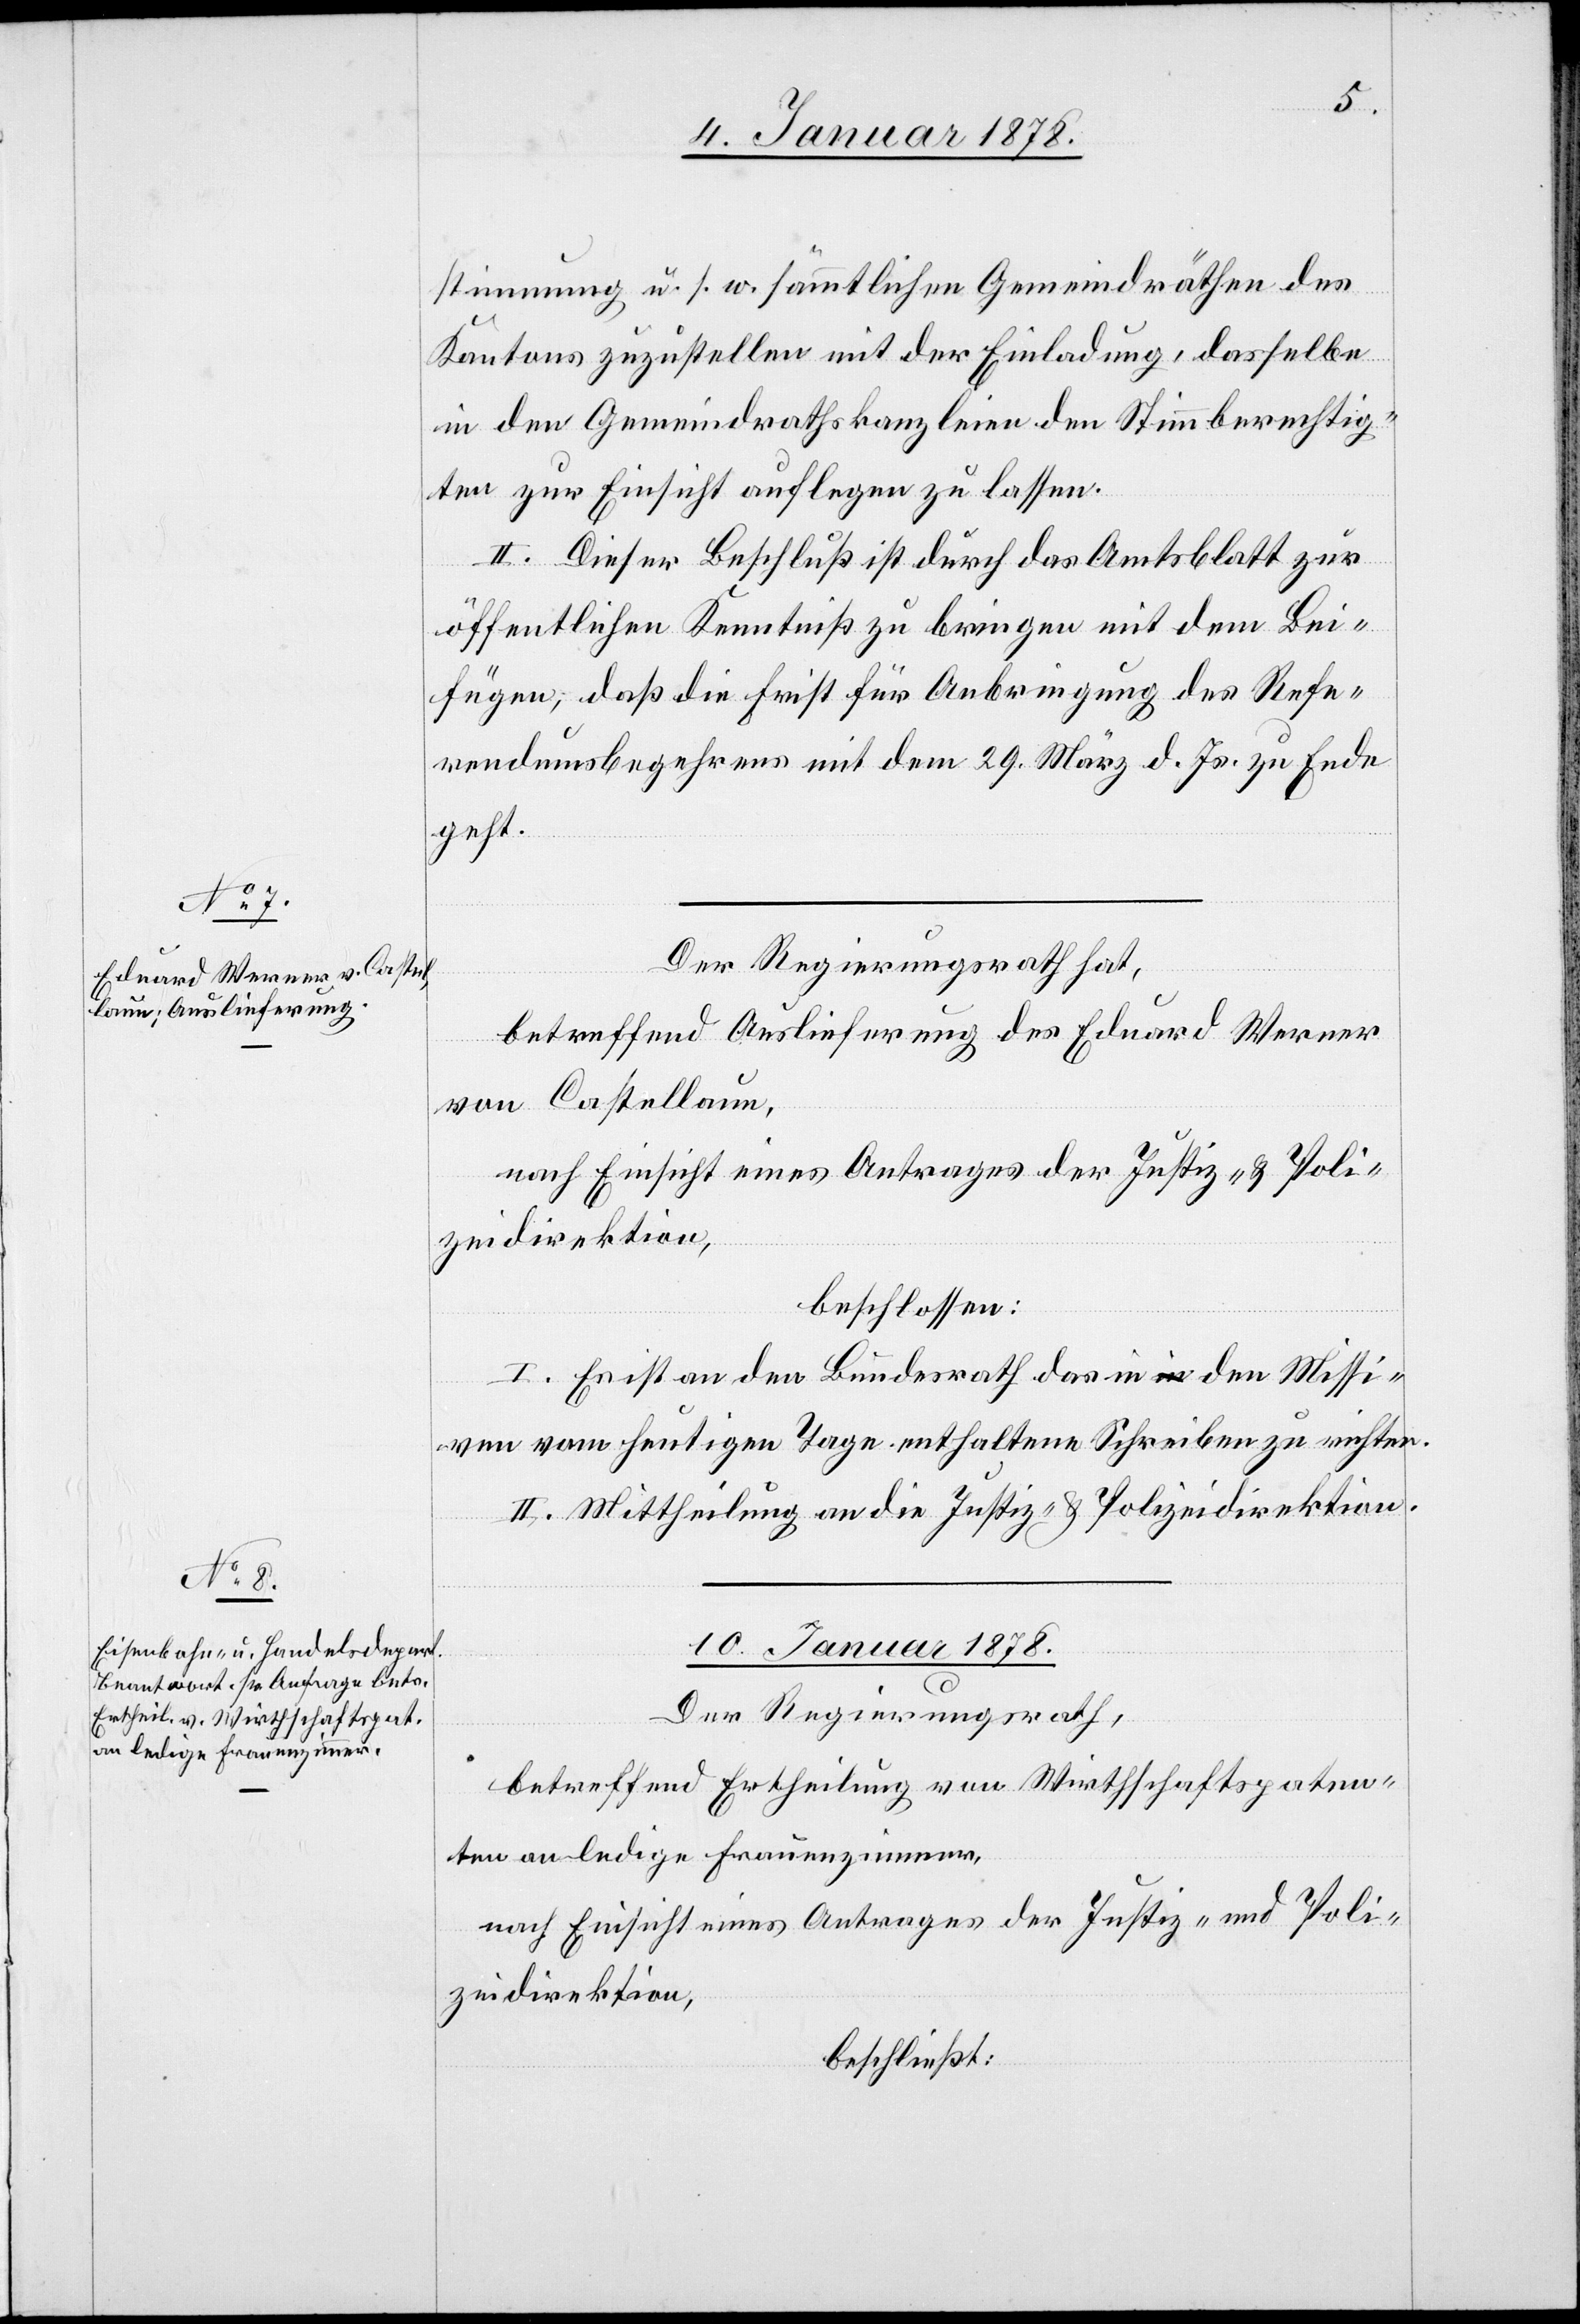
9 Januar 1878.]
stimmung u. s. w. sämmtlichen Gemeindräthen des
Kantons zuzustellen mit der Einladung, dasselbe
in den Gemeindrathskanzleien den Stimmberechtig¬
ten zur Einsicht auflegen zu lassen.
II. Dieser Beschluß ist durch das Amtsblatt zur
öffentlichen Kenntniß zu bringen mit dem Bei¬
fügen, daß die Frist für Anbringung des Refe¬
rendumsbegehren mit dem 29 März d. Js. zu Ende
geht.
Der Regierungsrath hat,
ab¬
betrefffend Auslieferung des Eduard Werner
von Castellaun,
nach Einsicht eines Antrages der Justiz- & Poli¬
zeidirektion,
beschlossen:
I. Es ist an den Bundesrath das in den Missi¬
ven vom heutigen Tage enthaltene Schreiben zu richten.
II. Mittheilung an die Justiz- & Polizeidirektion.
10 Januar 1878.
Der Regierungsrath,
betreffend Ertheilung von Wirthschaftspaten¬
ten an ledige Frauenzimmer,
nach Einsicht eines Antrages der Justiz- und Poli¬
zeidirektion,
beschließt: